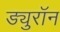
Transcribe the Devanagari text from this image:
ड्युरॉन